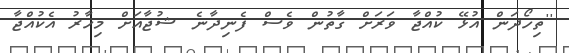
''ތިހޯދަން އުޅޭ ކުއްޖާ ވަރަށް ގާތުން ވެސް ފެނިދާނެ ޝުޖާއަށް މިހާރު އެކުއްޖާ